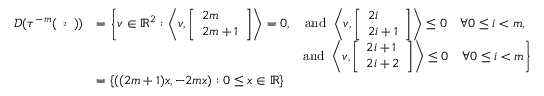
\begin{array} { r l r } { \mathcal { D } ( \tau ^ { - m } ( { \tiny \begin{array} { c } { 2 } \end{array} } ) ) } & { = \left\{ v \in \mathbb { R } ^ { 2 } : \bigg \langle v , \left[ \begin{array} { l } { 2 m } \\ { 2 m + 1 } \end{array} \right] \right\rangle = 0 , } & { \mathrm { a n d ~ } \left\langle v , \left[ \begin{array} { l } { 2 i } \\ { 2 i + 1 } \end{array} \right] \right\rangle \leq 0 \quad \forall 0 \leq i < m , \mathrm { ~ } } \\ & { } & { \mathrm { a n d ~ } \left\langle v , \left[ \begin{array} { l } { 2 i + 1 } \\ { 2 i + 2 } \end{array} \right] \right\rangle \leq 0 \quad \forall 0 \leq i < m \bigg \} } \\ & { = \{ ( ( 2 m + 1 ) x , - 2 m x ) : 0 \leq x \in \mathbb { R } \} } & \end{array}